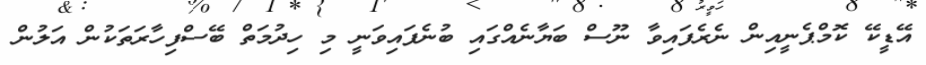
އޭޑީކޭ ކޮމްޕެނީއިން ނެރެފައިވާ ނޫސް ބަޔާނެއްގައި ބުނެފައިވަނީ މި ހިދުމަތް ބޭސްފިހާރަތަކުން އަލުން